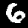
Label: 6